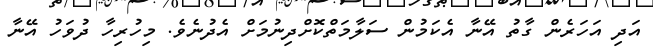
އަދި އަހަރެން ގާތު އޭނާ އެކަމުން ސަލާމަތްކޮށްދިނުމަށް އެދުނެވެ. މިހުރިހާ ދުވަހު އޭނާ